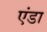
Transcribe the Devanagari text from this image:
एंडा